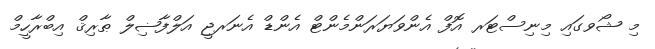
މި ޝޯވގައި މިނިސްޓަރ އޮފް އެންވަޔަރަންމެންޓް އެންޑް އެނަރޖީ އަލްފާޟިލް ޠާރިޤް އިބްރާހީމް